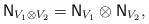
LaTeX: \begin{align*}\mathsf{N}_{V_1 \otimes V_2} = \mathsf{N}_{V_1} \otimes \mathsf{N}_{V_2},\end{align*}